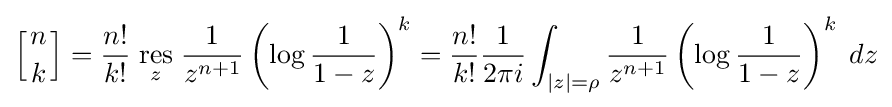
\left[{n \atop k}\right]={\frac {n!}{k!}}\;{\underset {z}{\mathrm {res} }}\;{\frac {1}{z^{n+1}}}\left(\log {\frac {1}{1-z}}\right)^{k}={\frac {n!}{k!}}{\frac {1}{2\pi i}}\int _{|z|=\rho }{\frac {1}{z^{n+1}}}\left(\log {\frac {1}{1-z}}\right)^{k}\;dz